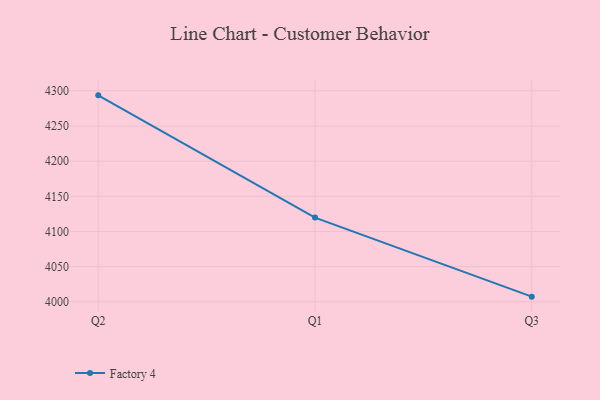
{"axis": {"x": "Quarter", "y": "Backlog"}, "legend": ["Factory 4"], "data": [{"x": "Q2", "y": 4293.6, "type": "Factory 4"}, {"x": "Q1", "y": 4119.7, "type": "Factory 4"}, {"x": "Q3", "y": 4007.3, "type": "Factory 4"}]}